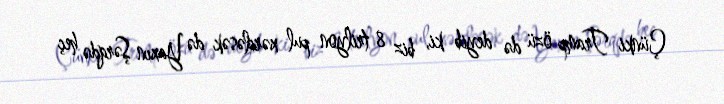
Çünki Tramp özü də deyib ki, biz 8 trilyon pul xərcləsək də Yaxın Şərqdə heç